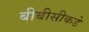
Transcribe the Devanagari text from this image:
बीबीसीकडे